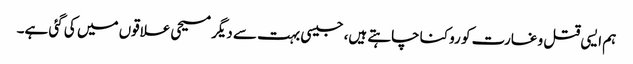
ہم ایسی قتل و غارت کو روکنا چاہتے ہیں، جیسی بہت سے دیگر مسیحی علاقوں میں کی گئی ہے۔